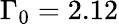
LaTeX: \Gamma_{0}=2.12